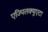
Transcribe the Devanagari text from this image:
एज्पिलक्युएटा